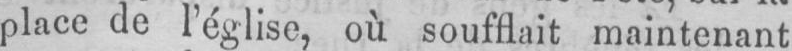
place de l’église, où soufflait maintenant